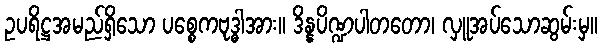
ဥပရိဋ္ဌအမည်ရှိသော ပစ္စေကဗုဒ္ဓါအား။ ဒိန္နပိဏ္ဍပါတတော၊ လှူအပ်သောဆွမ်းမှ။